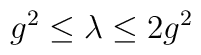
g^2\le\lambda\le 2g^2